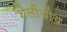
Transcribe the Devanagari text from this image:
शैलींचीच